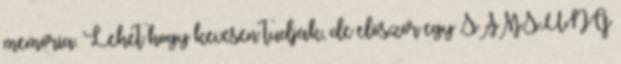
memória. Lehet hogy kevesen tudják, de először egy SAMSUNG